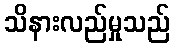
သိနားလည်မှုသည်